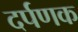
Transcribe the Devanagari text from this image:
दर्पणक